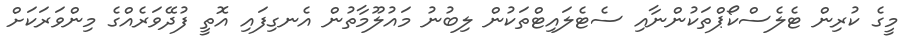
މީގެ ކުރިން ޓެލެސްކޯޕްތަކުންނާއި ސެޓެލައިޓްތަކުން ލިބުނު މައުލޫމާތުން އެނގިފައި އޮތީ ފުދޭވަރެއްގެ މިންވަރަކަށް